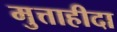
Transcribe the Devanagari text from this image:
मुत्ताहीदा